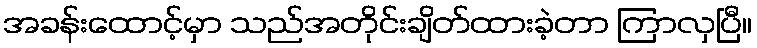
အခန်းထောင့်မှာ သည်အတိုင်းချိတ်ထားခဲ့တာ ကြာလှပြီ။